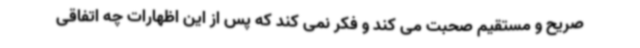
صریح و مستقیم صحبت می کند و فکر نمی کند که پس از این اظهارات چه اتفاقی